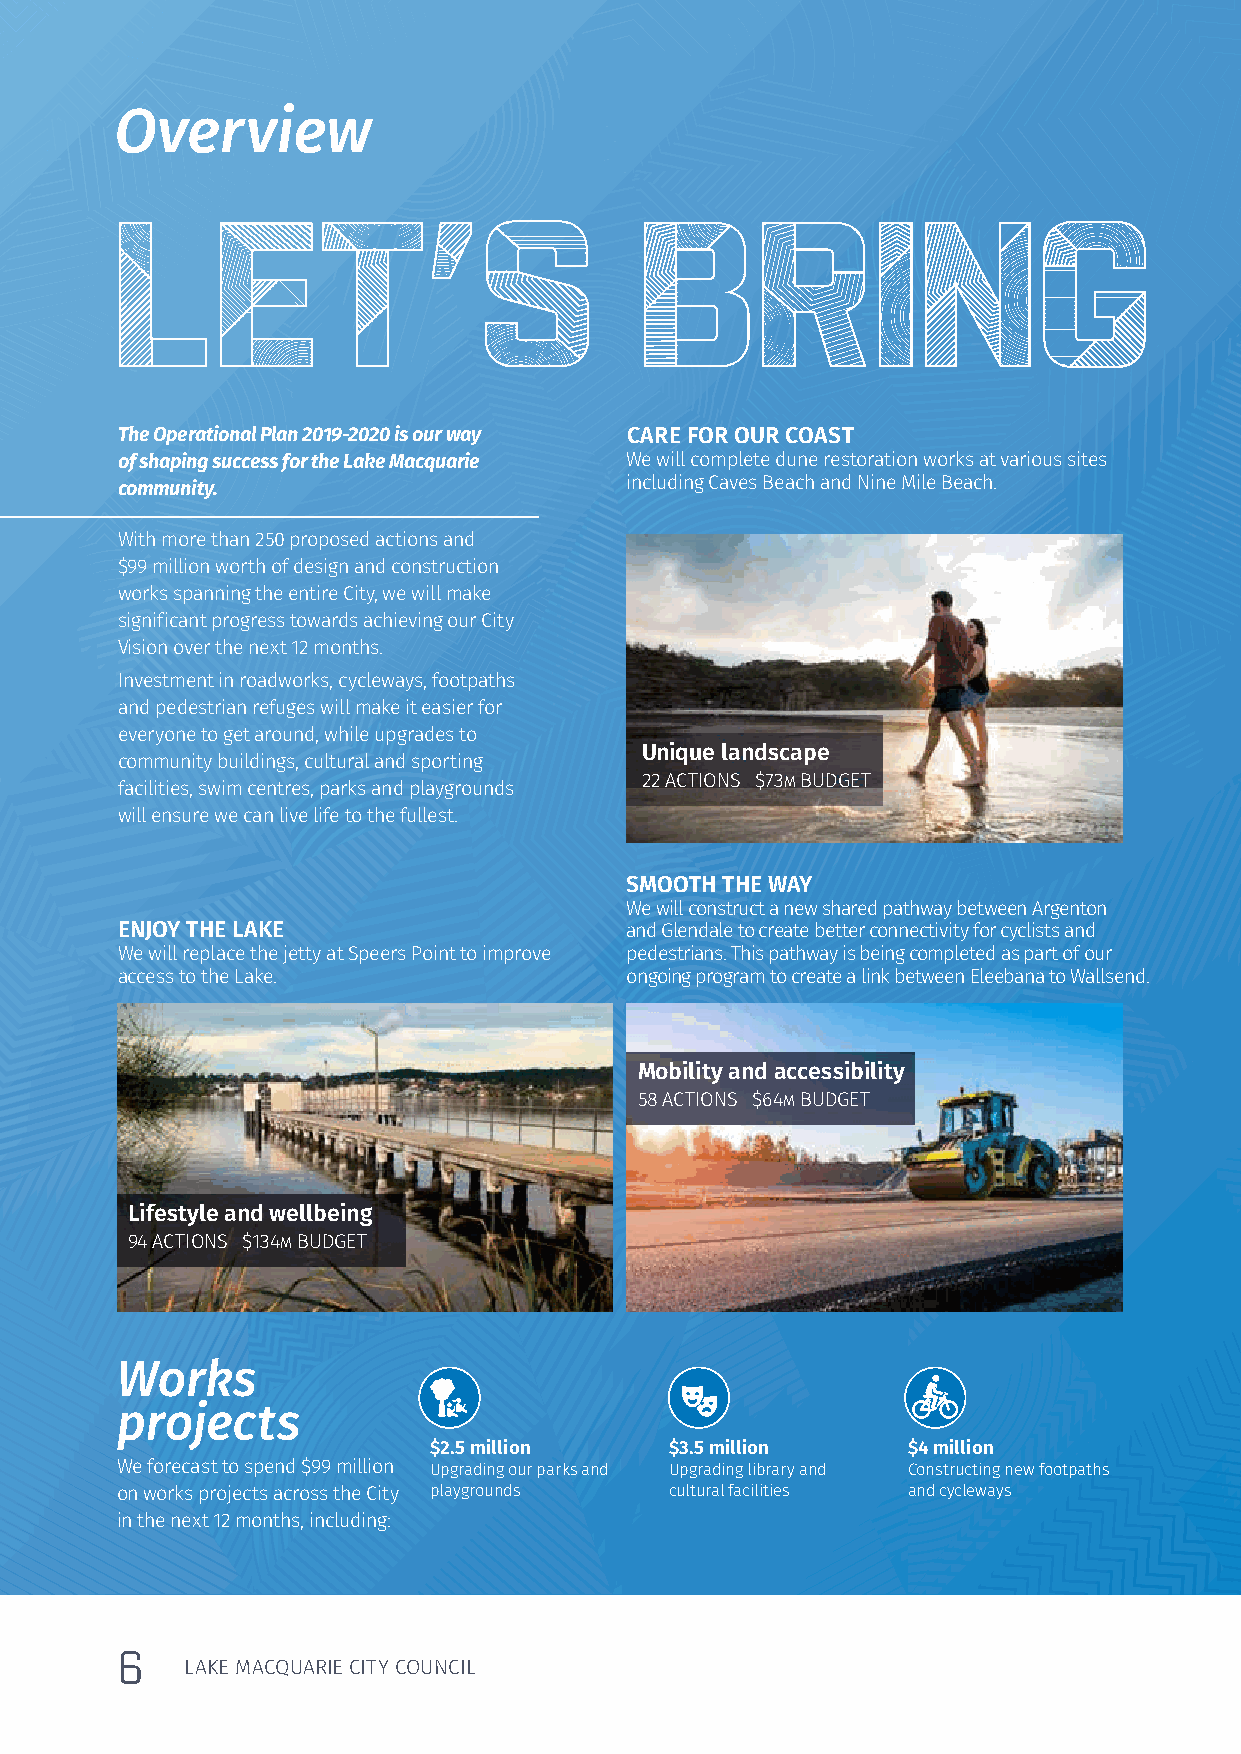
Overview
 LET’S                              BRING
 The Operational Plan 2019-2020 is our way CARE FOR OUR COAST
 of shaping success for the Lake Macquarie We will complete dune restoration works at various sites
 community.                       including Caves Beach and Nine Mile Beach.
 With more than 250 proposed actions and
 $99 million worth of design and construction
 works spanning the entire City, we will make
 significant progress towards achieving our City
 Vision over the next 12 months.
 Investment in roadworks, cycleways, footpaths
 and pedestrian refuges will make it easier for
 everyone to get around, while upgrades to
 Unique landscape
 community buildings, cultural and sporting
 facilities, swim centres, parks and playgrounds
 22 ACTIONS $73M BUDGET
 will ensure we can live life to the fullest.
 SMOOTH THE WAY
 We will construct a new shared pathway between Argenton
 ENJOY THE LAKE                   and Glendale to create better connectivity for cyclists and
 We will replace the jetty at Speers Point to improve pedestrians. This pathway is being completed as part of our
 access to the Lake.              ongoing program to create a link between Eleebana to Wallsend.
 Mobility and accessibility
 58 ACTIONS $64M BUDGET
 Lifestyle and wellbeing
 94 ACTIONS $134M BUDGET
 Works
 projects
 $2.5 million    $3.5 million    $4 million
 We forecast to spend $99 million Upgrading our parks and Upgrading library and Constructing new footpaths
 on works projects across the City playgrounds cultural facilities and cycleways
 in the next 12 months, including:
 6
 LAKE MACQUARIE CITY COUNCIL